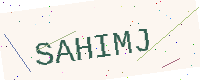
Text: SAHIMJ